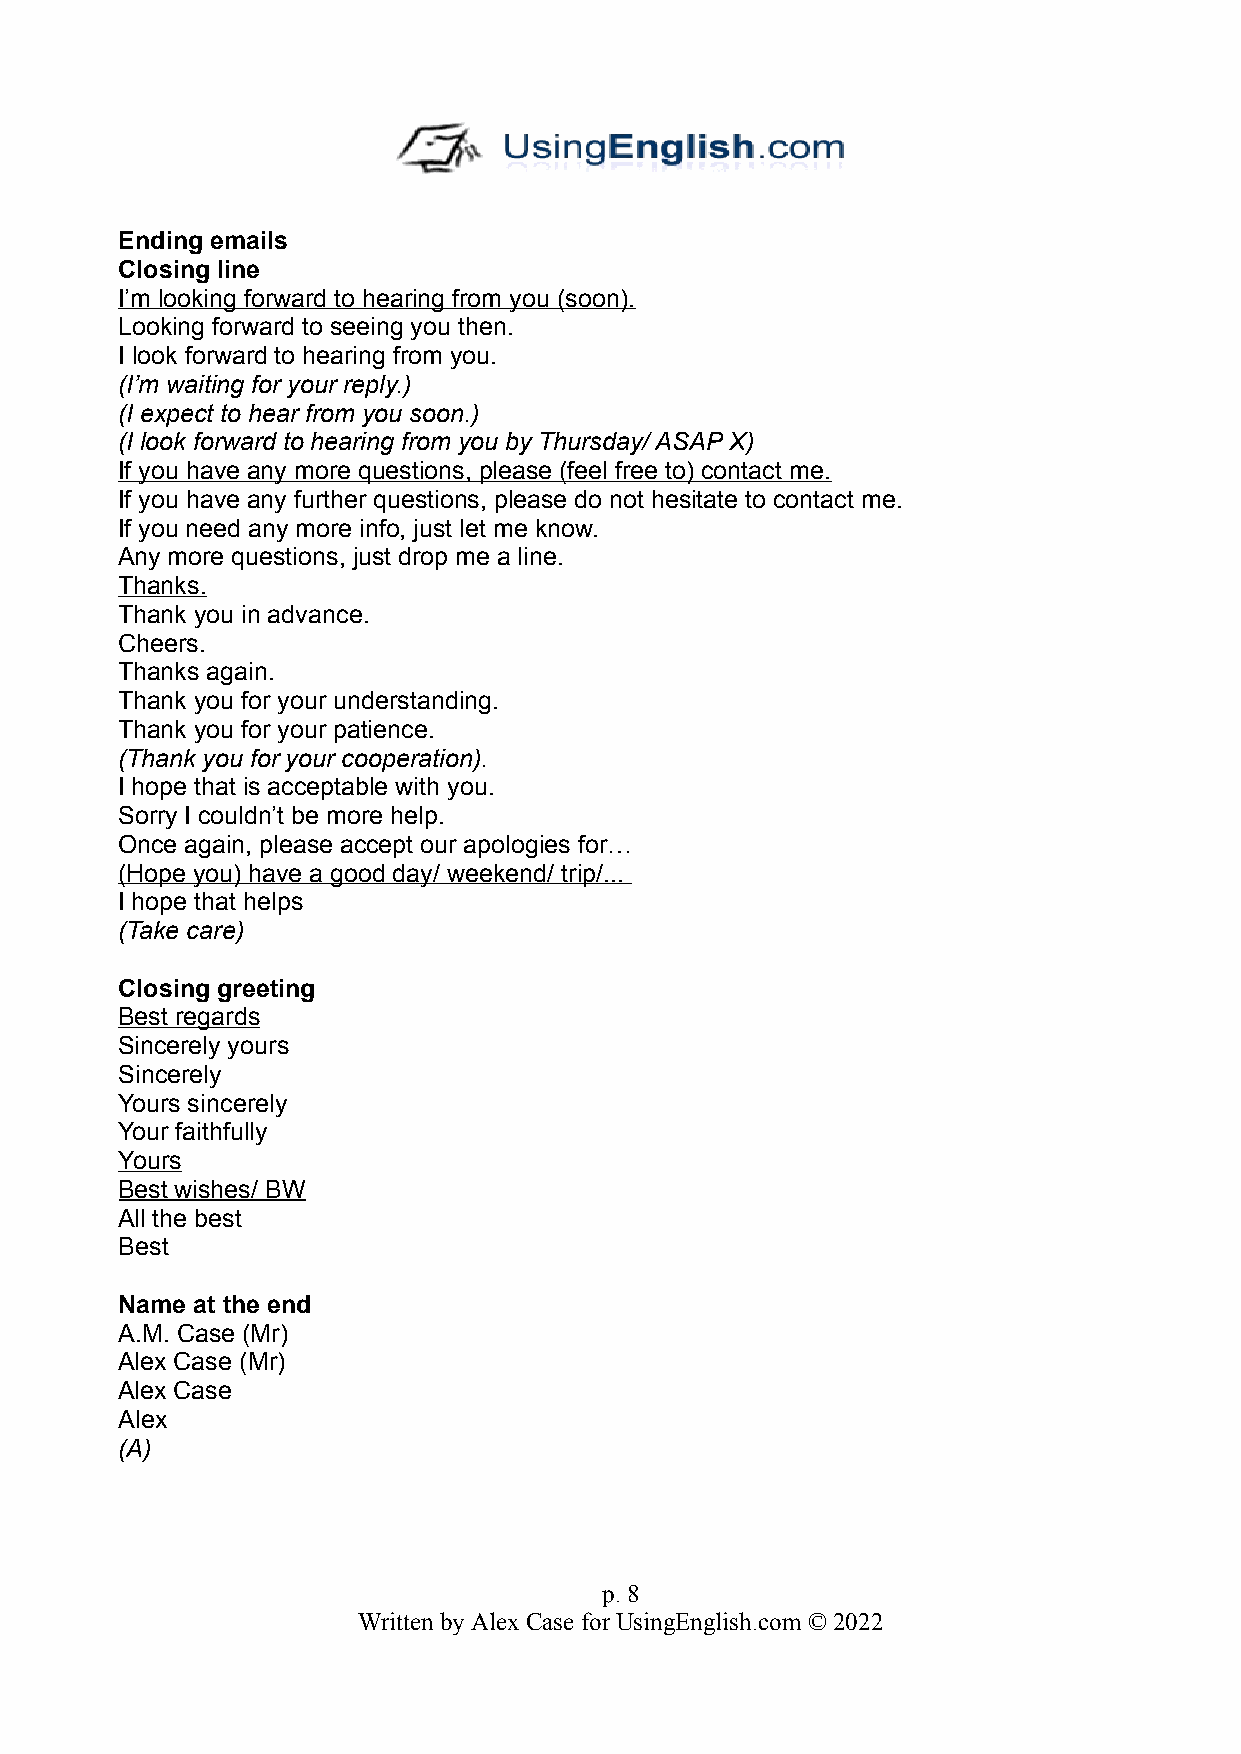
Ending emails
 Closing line
 I’m looking forward to hearing from you (soon).
 Looking forward to seeing you then.
 I look forward to hearing from you.
 (I’m waiting for your reply.)
 (I expect to hear from you soon.)
 (I look forward to hearing from you by Thursday/ ASAP X)
 If you have any more questions, please (feel free to) contact me.
 If you have any further questions, please do not hesitate to contact me.
 If you need any more info, just let me know.
 Any more questions, just drop me a line.
 Thanks.
 Thank you in advance.
 Cheers.
 Thanks again.
 Thank you for your understanding.
 Thank you for your patience.
 (Thank you for your cooperation).
 I hope that is acceptable with you.
 Sorry I couldn’t be more help.
 Once again, please accept our apologies for…
 (Hope you) have a good day/ weekend/ trip/...
 I hope that helps
 (Take care)
 Closing greeting
 Best regards
 Sincerely yours
 Sincerely
 Yours sincerely
 Your faithfully
 Yours
 Best wishes/ BW
 All the best
 Best
 Name at the end
 A.M. Case (Mr)
 Alex Case (Mr)
 Alex Case
 Alex
 (A)
 p. 8
 Written by Alex Case for UsingEnglish.com © 2022